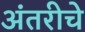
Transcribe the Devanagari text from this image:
अंतरीचे